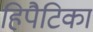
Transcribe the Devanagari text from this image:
हिपैटिका